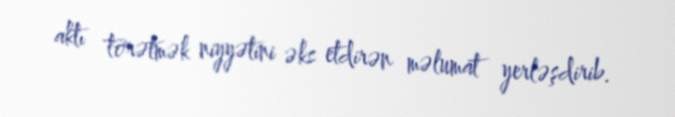
aktı törətmək niyyətini əks etdirən məlumat yerləşdirib.